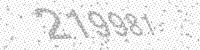
Solution: 219981